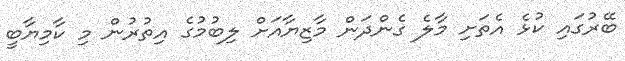
ބޭރުގައި ކުޅެ އެތަށި މާލެ ގެންދަން މާޒިޔާއަށް ލިބުމުގެ އިތުރުން މި ކާމިޔާބީ